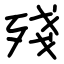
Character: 殘